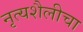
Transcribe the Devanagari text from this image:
नृत्यशैलीचा